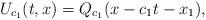
LaTeX: \begin{align*}U_{c_1}(t,x)=Q_{c_1}(x-c_1t-x_1),\end{align*}